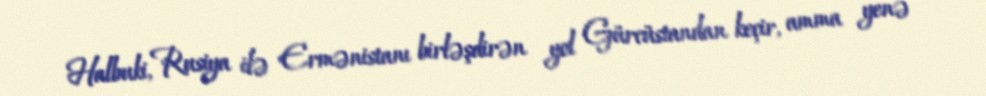
Halbuki, Rusiya ilə Ermənistanı birləşdirən yol Gürcüstandan keçir, amma yenə